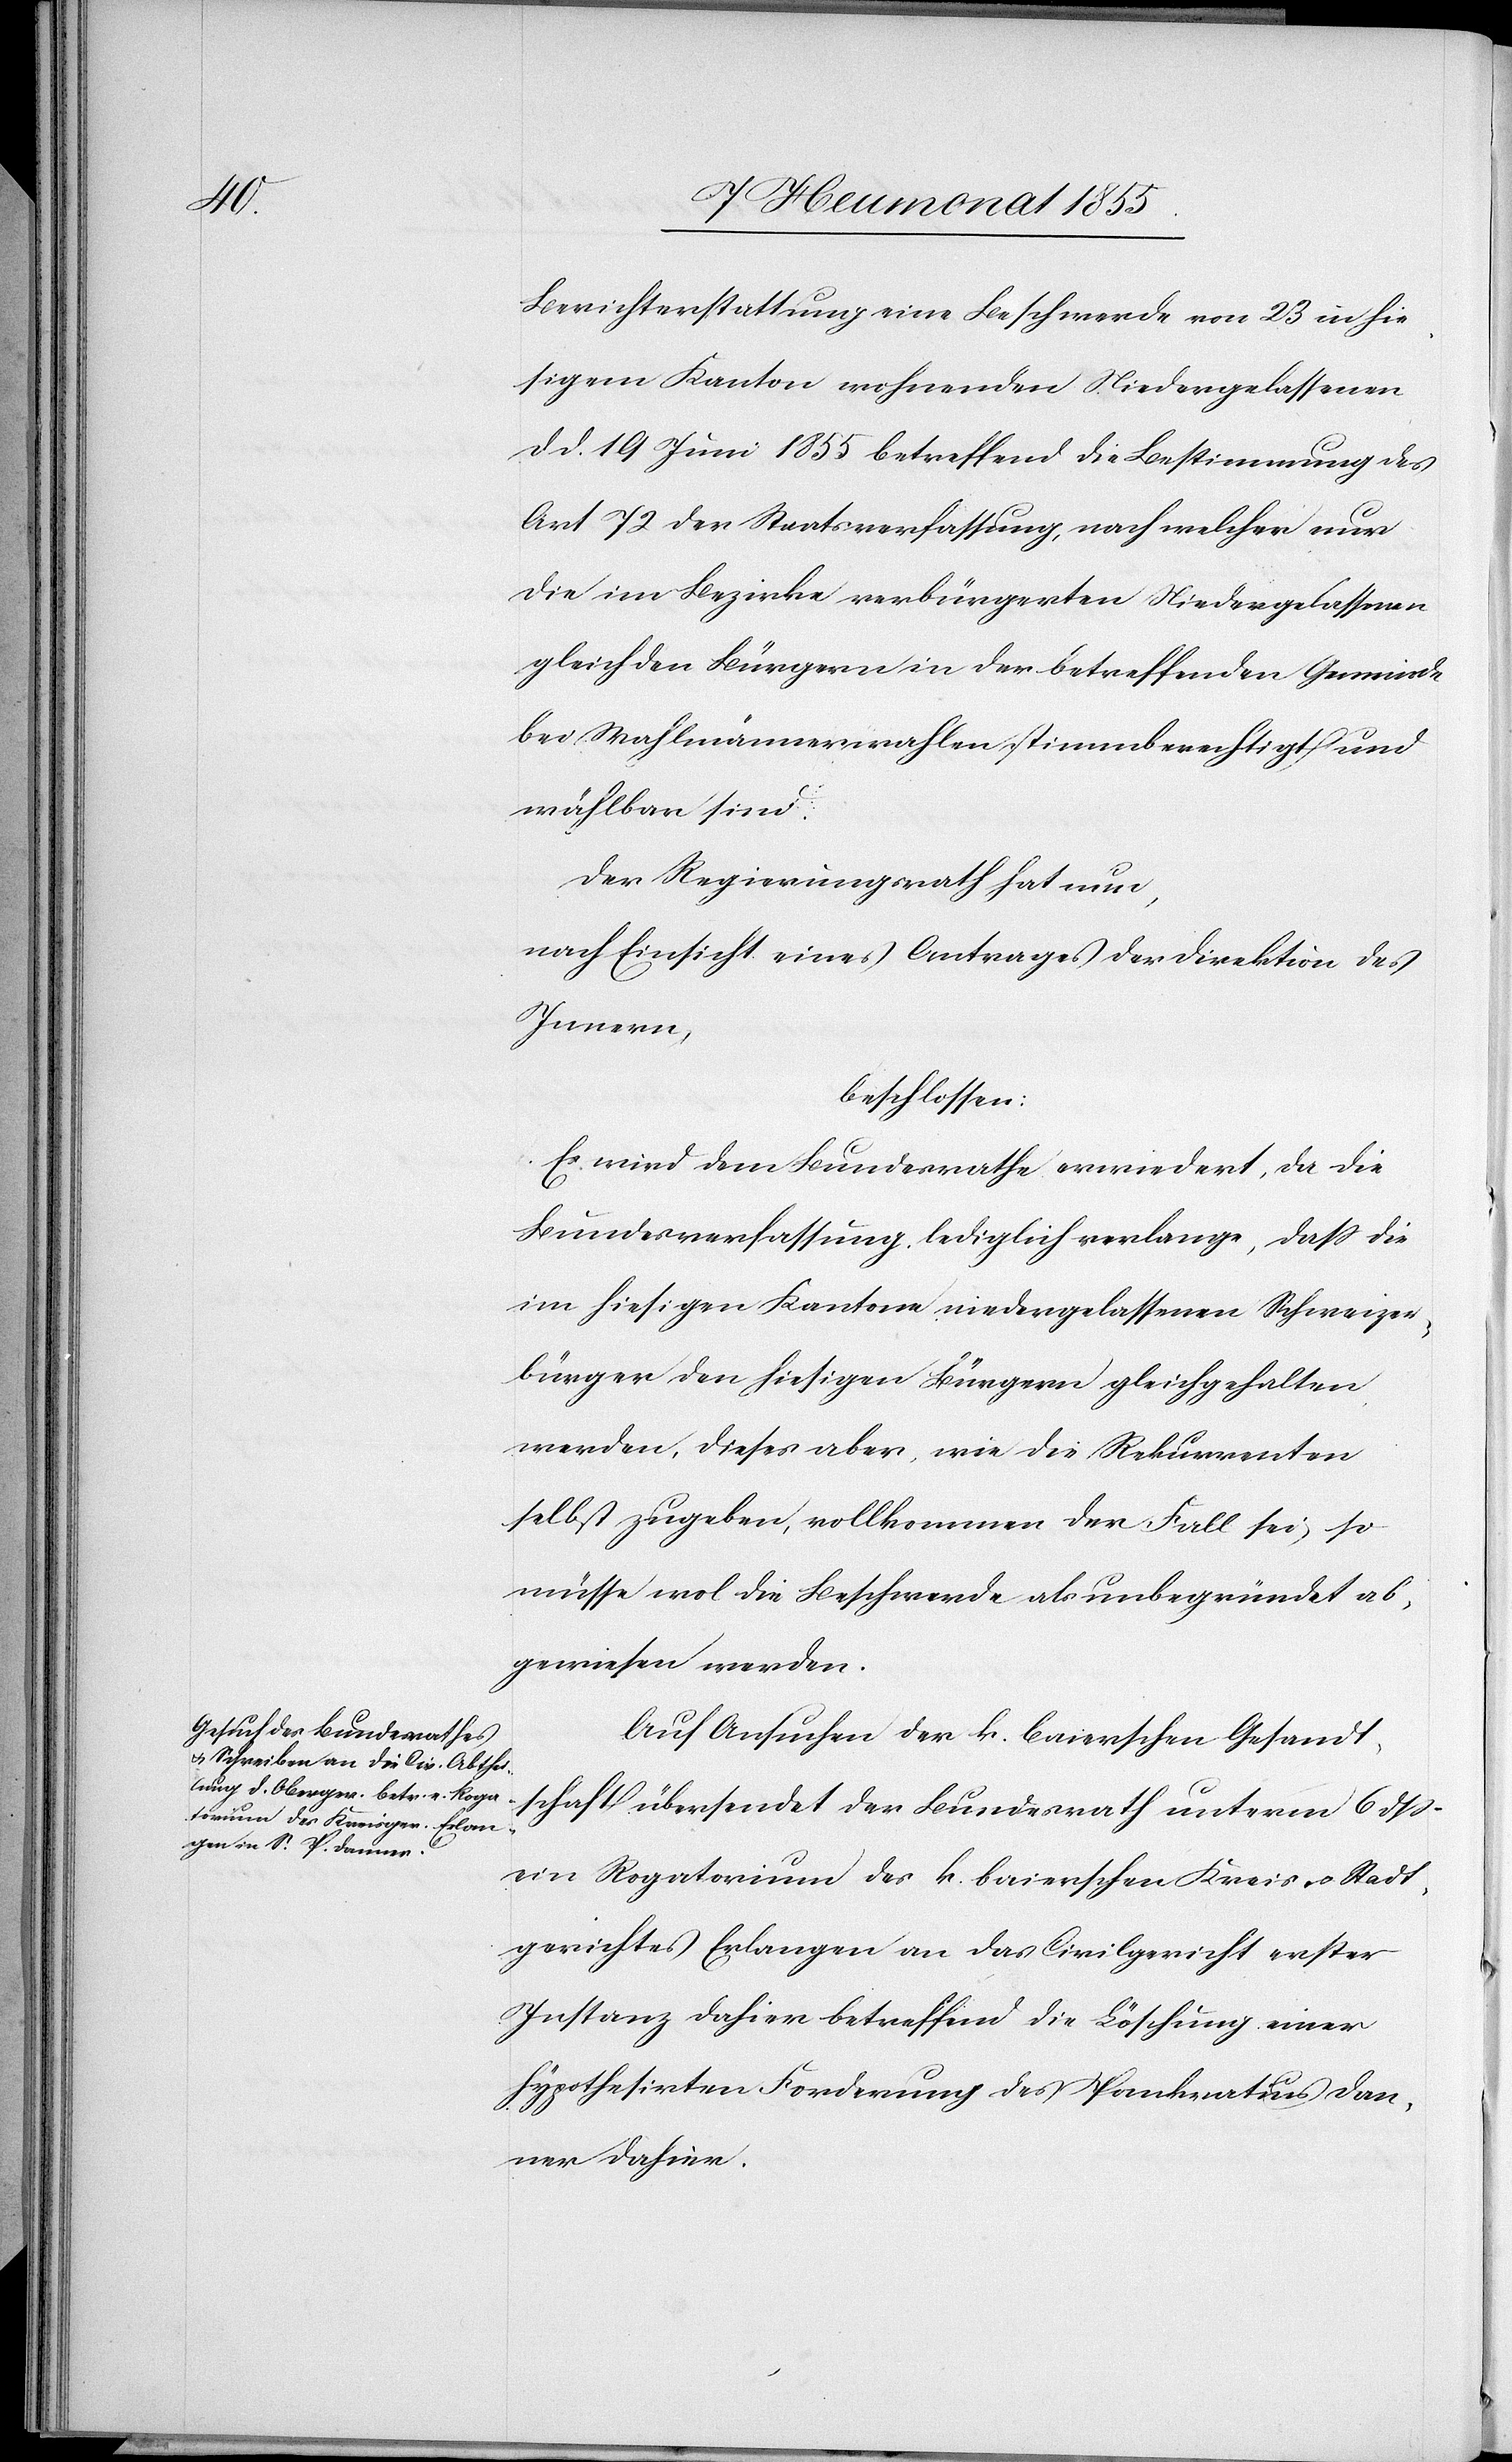
Berichterstattung eine Beschwerde von 23 in hie¬
sigem Kanton wohnenden Niedergelassenen
d. d. 19 Juni 1855 betreffend die Bestimmung des
Art 72 der Staatsverfassung, nach welcher nur
die im Bezirke verbürgerten Niedergelassenen
gleich den Bürgern in der betreffenden Gemeinde
bei Wahlmännerwahlen stimmberechtigt und
wählbar sind.
Der Regierungsrath hat nun,
nach Einsicht eines Antrages der Direktion des
Innern,
beschlossen:
Es wird dem Bundesrathe erwiedert, da die
Bundesverfassung lediglich verlange, dass die
im hiesigen Kantone niedergelassenen Schweizer¬
bürger den hiesigen Bürgern gleichgehalten
werden, dieses aber, wie die Rekurrenten
selbst zugeben, vollkommen der Fall sei, so
müsse wol die Beschwerde als unbegründet ab¬
gewiesen werden.
Auf Ansuchen der k. baierschen Gesandt¬
schaft übersendet der Bundesrath unterm 6 dss
ein Rogatorium des k. baierschen Kreis- & Stadt¬
gerichtes Erlangen an das Civilgericht erster
Instanz dahier betreffend die Löschung einer
hypothesirten Forderung des Pankratius Dan¬
ner dahier.